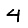
Digit: 4